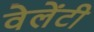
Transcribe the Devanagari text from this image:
वेलेंटी